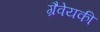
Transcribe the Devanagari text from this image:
ग्रैवेयकी